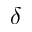
\delta